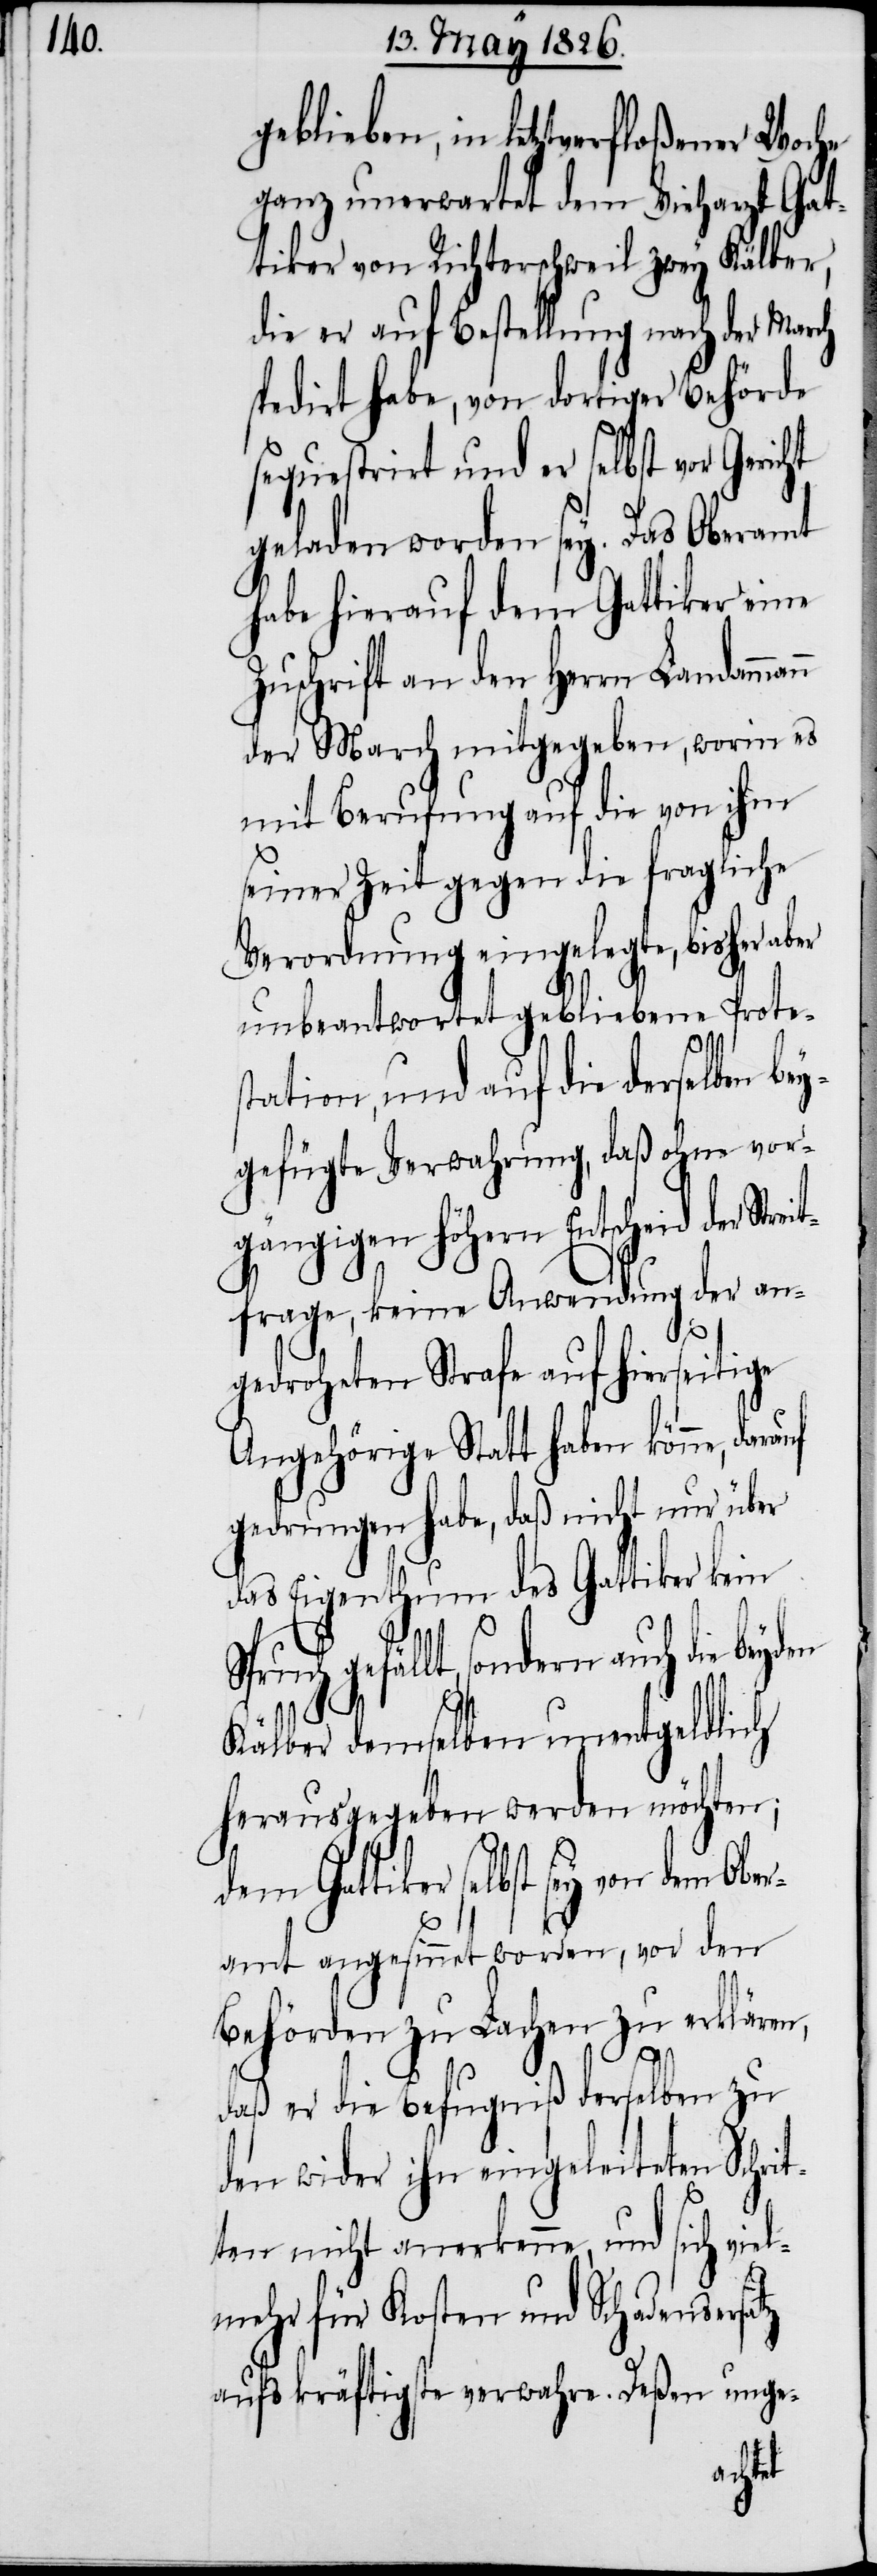
geblieben, in letztverfloßener Woche
ganz unerwartet dem Vieharzt Gat¬
tiker von Richterschweil zwey Kälber,
die er auf Bestellung nach der March
spedirt habe, von dortiger Behörde
sequestrirt und er selbst vor Gericht
geladen worden sey. Das Oberamt
habe hierauf dem Gattiker eine
Zuschrift an den Herrn Landamma¬
der March mitgegeben, worin es
mit Berufung auf die von ihm
seiner Zeit gegen die fragliche
Verordnung eingelegte, bisher aber
unbeantwortet gebliebene Protes¬
tation, und auf die derselben be¬
ygefügte Verwahrung, daß ohne vor¬
gängigen höhern Entscheid der
Streitfrage, keine Anwendung der an¬
Ober¬
gedrohten Strafe auf hierseitige
Angehörige Statt haben könne,
gedrungen habe, daß nicht nur über
das Eigenthum des Gattiker kein
nn
gefällt, sondern auch die
Kälber demselben unentgeldlich
herausgegeben werden möchte;
dem Gattiker selbst sey von dem
amt angesinnet worden, vor den
Behörden zu Lachen zu erklären,
daß er die Befugniß derselben zu
den wider ihn eingeleiteten Schri¬
t¬
te nicht anerkenne, und sich viel¬
mehr für Kosten und Schadensersatz
aufs kräftigste verwahre. Deßen unge-